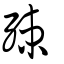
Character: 殐